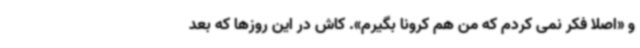
و «اصلا فکر نمی کردم که من هم کرونا بگیرم». کاش در این روزها که بعد